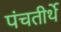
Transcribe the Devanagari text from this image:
पंचतीर्थे